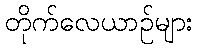
တိုက်လေယာဉ်များ